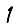
Digit: 1